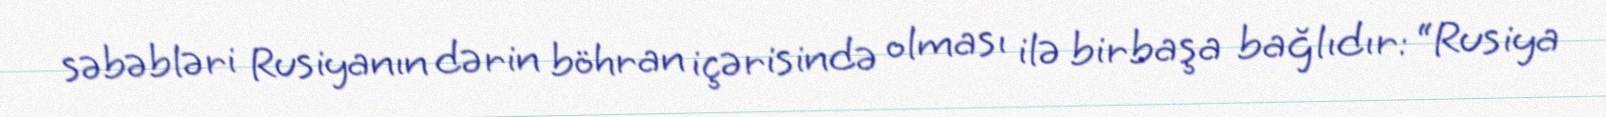
səbəbləri Rusiyanın dərin böhran içərisində olması ilə birbaşa bağlıdır: “Rusiya